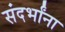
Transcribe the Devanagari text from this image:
संदर्भांना